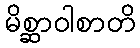
မိစ္ဆာဝါစာတိ